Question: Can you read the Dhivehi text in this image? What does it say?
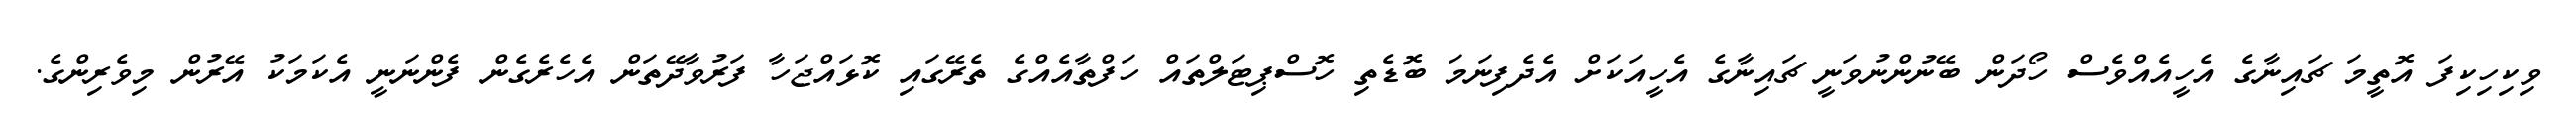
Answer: ވިކިހިކިފަ އޮތީމަ ޗައިނާގެ އެހީއެއްވެސް ހޯދަން ބޭނުންނުވަނީ ޗައިނާގެ އެހީއަކަށް އެދެފިނަމަ ބޮޑެތި ހޮސްޕިޓަލްތައް ހަފްތާއެއްގެ ތެރޭގައި ކޮޅައްޖަހާ ފަރުވާދޭތަން އެހެރެގެން ފެންނަނީ އެކަމަކު އޭރުން މިވެރިންގެ.